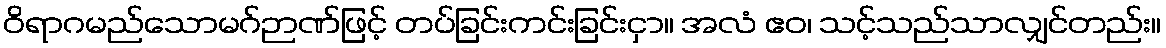
ဝိရာဂမည်သောမဂ်ဉာဏ်ဖြင့် တပ်ခြင်းကင်းခြင်းငှာ။ အလံ ဧဝ၊ သင့်သည်သာလျှင်တည်း။